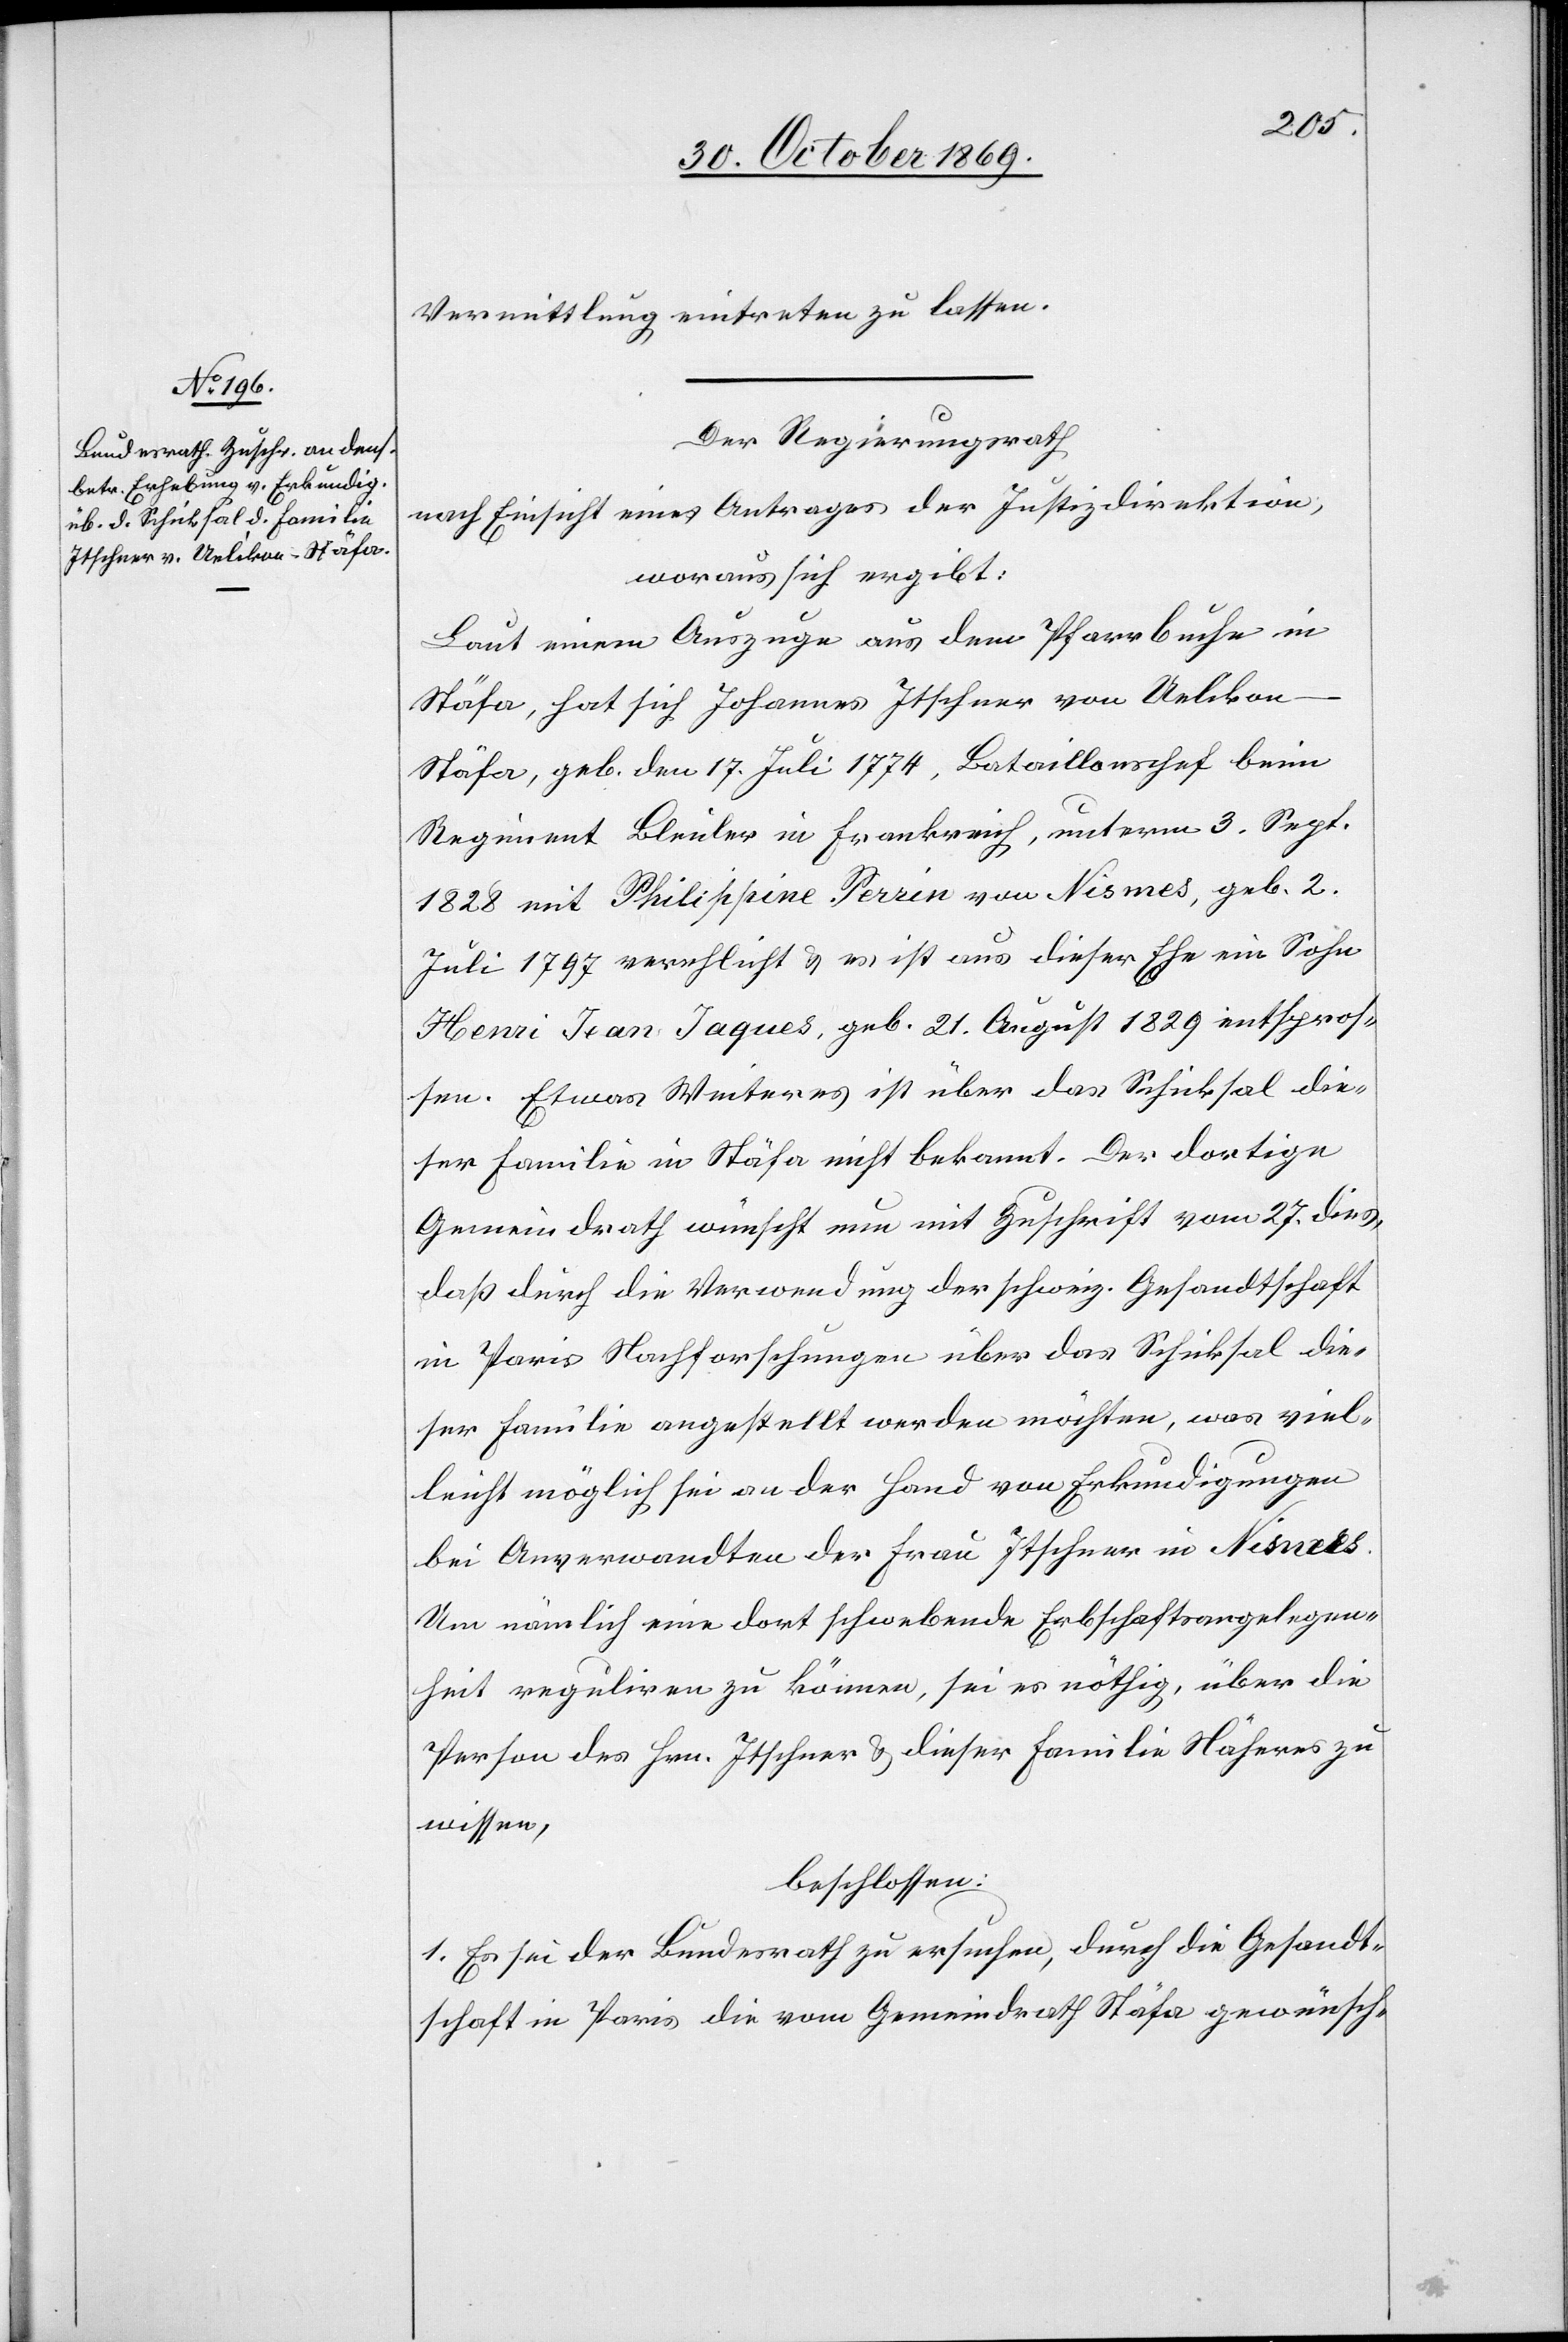
Vermittlung eintreten zu lassen.
Der Regierungsrath
nach Einsicht eines Antrages der Justizdirektion,
woraus sich ergibt:
Laut einem Auszuge aus dem Pfarrbuche in
Stäfa, hat sich Johannes Itschner von Uelikon
Stäfa, geb. den 17. Juli 1774, Bataillonschef beim
Regiment Bleuler in Frankreich, unterm 3. Sept.
1828 mit Philippine Perrin von Nismes, geb. 2.
Juli 1797 verehlicht & es ist aus dieser Ehe ein Sohn
Henri Jean Jaques, geb. 21. August 1829 entspros¬
sen. Etwas Weiteres ist über das Schicksal die¬
ser Familie in Stäfa nicht bekannt. Der dortige
Gemeindrath wünscht nun mit Zuschrift vom 27. dies,
daß durch die Verwendung der schweiz. Gesandtschaft
in Paris Nachforschungen über das Schicksal die¬
ser Familie angestellt werden möchten, was viel¬
leicht möglich sei an der Hand von Erkundigungen
bei Anverwandten der Frau Itschner in Nismes.
Um nämlich eine dort schwebende Erbschaftsangelegen¬
heit reguliren zu können, sei es nöthig, über die
Person des Hrn. Itschner & dieser Familie Näheres zu
wissen,
beschlossen:
Es sei der Bundesrath zu ersuchen, durch die Gesandt¬
schaft in Paris die vom Gemeindrath Stäfa gewünsch-